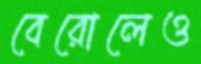
বেরোলেও